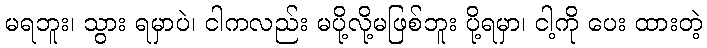
မရဘူး၊ သွား ရမှာပဲ၊ ငါကလည်း မပို့လို့မဖြစ်ဘူး ပို့ရမှာ၊ ငါ့ကို ပေး ထားတဲ့